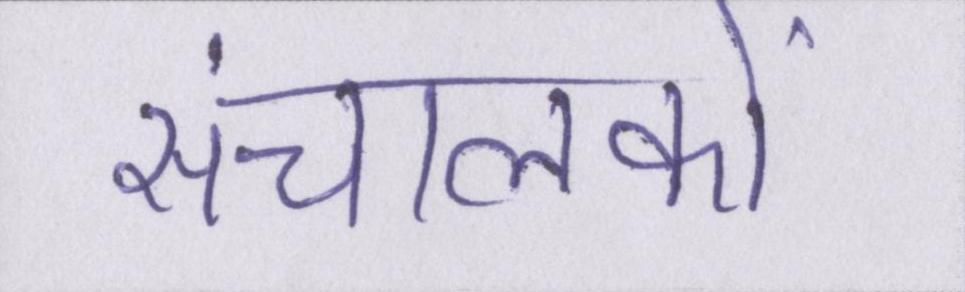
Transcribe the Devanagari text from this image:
संचालकों